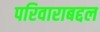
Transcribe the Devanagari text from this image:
परिवाराबद्दल